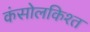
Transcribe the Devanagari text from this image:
कंसोलकिश्त